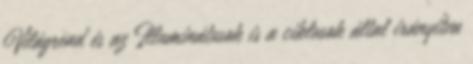
Világrend és az Illuminátusok is a ciklusok által irányítva